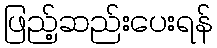
ဖြည့်ဆည်းပေးရန်